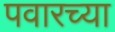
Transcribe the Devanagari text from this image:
पवारच्या